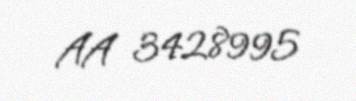
AA 3428995